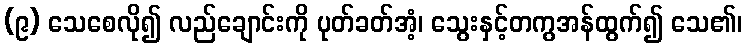
(၉) သေစေလို၍ လည်ချောင်းကို ပုတ်ခတ်အံ့၊ သွေးနှင့်တကွအန်ထွက်၍ သေ၏၊